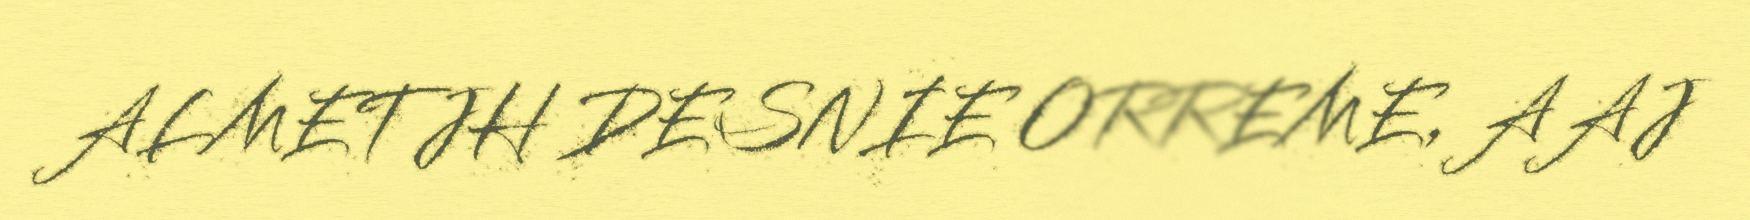
ALMETJH DESNIE ORREME, AAJ